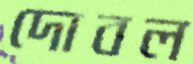
দোবল